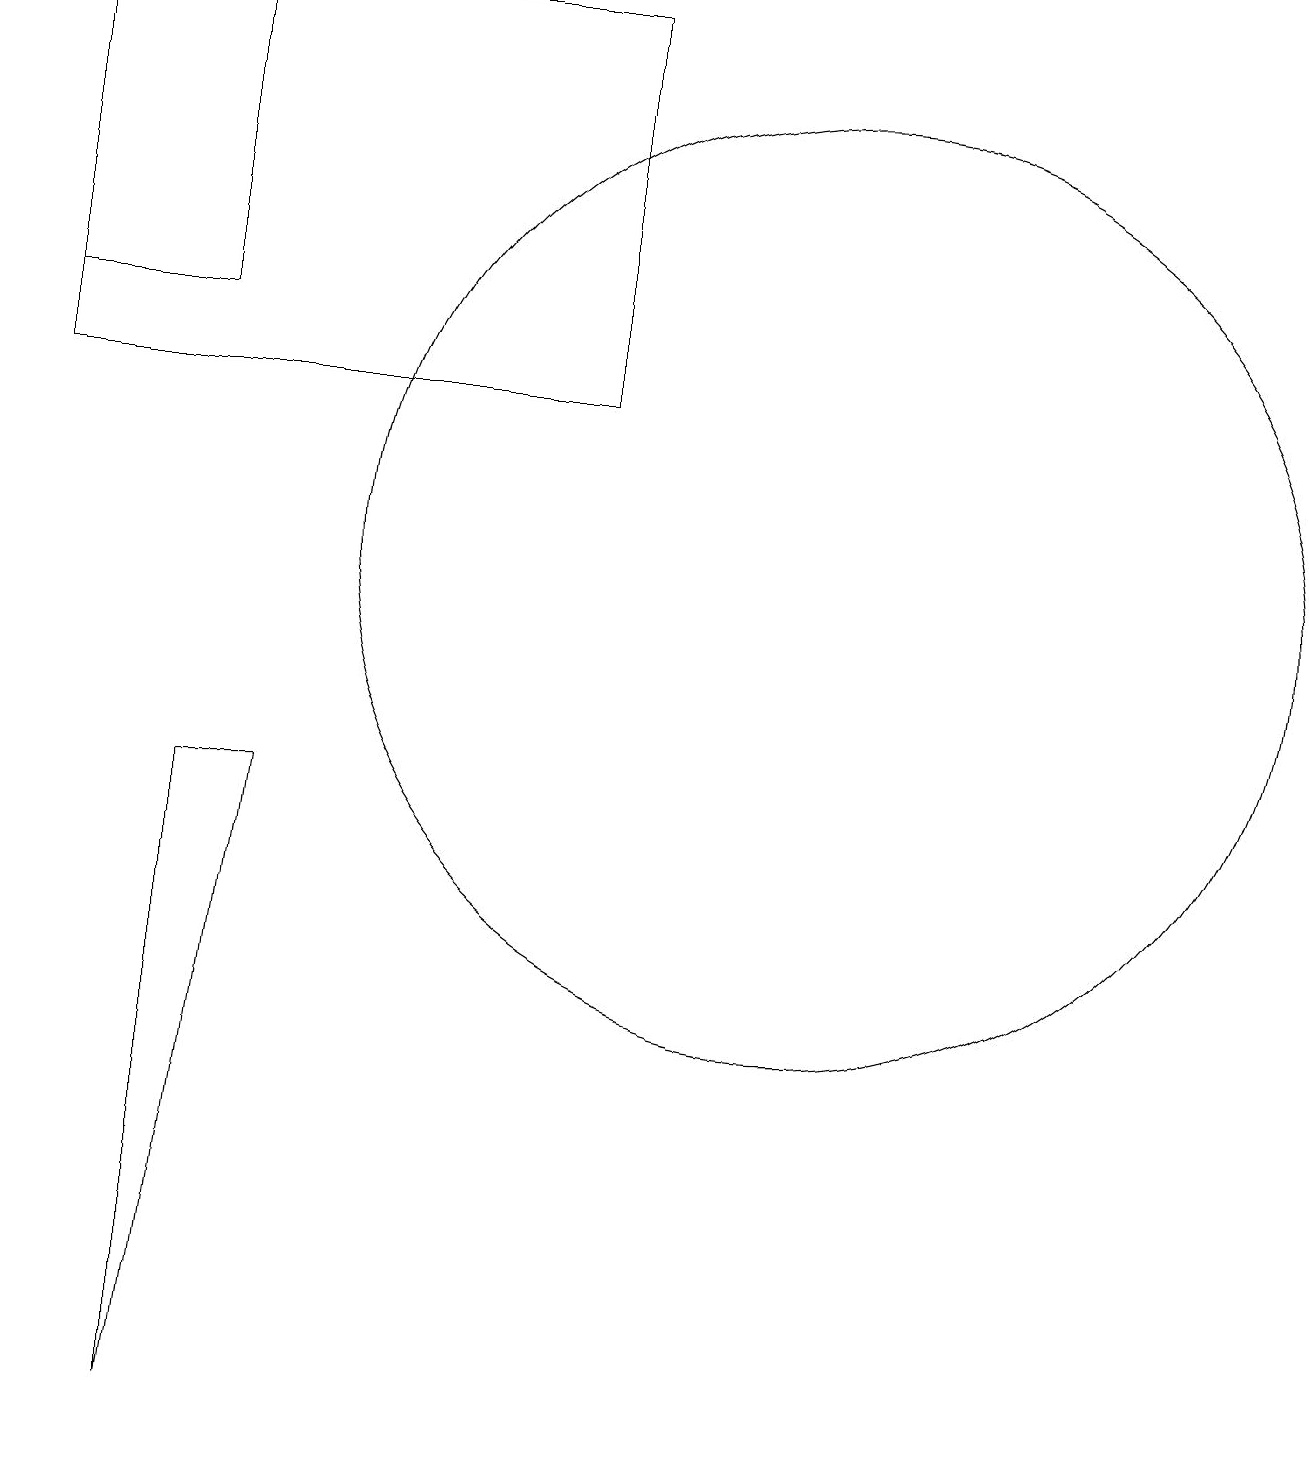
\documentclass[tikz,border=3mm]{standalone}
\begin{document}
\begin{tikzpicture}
\draw (8,13) rectangle (1,18);
\draw (4,8) -- (3,0) -- (3,8) -- cycle;
\draw (11,11) circle (6);
\draw (3,14) rectangle (1,18);
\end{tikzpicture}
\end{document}